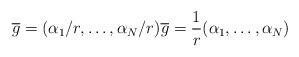
LaTeX: \begin{align*}{\overline g = (\alpha_1/r,\dots , \alpha_N/r)} {\overline g = \frac{1}{r}(\alpha_1,\dots , \alpha_N) }\end{align*}